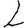
Digit: 2